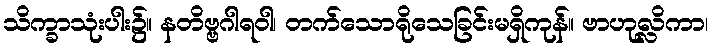
သိက္ခာသုံးပါး၌။ နတိဗ္ဗဂါရဝါ၊ တက်သောရိုသေခြင်းမရှိကုန်။ ဗာဟုလ္လိကာ၊